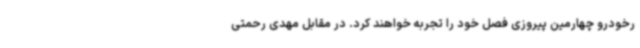
رخودرو چهارمین پیروزی فصل خود را تجربه خواهند کرد. در مقابل مهدی رحمتی